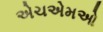
એચએમઓ